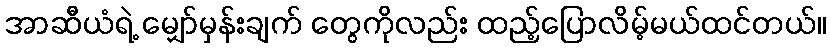
အာဆီယံရဲ့ မျှော်မှန်းချက် တွေကိုလည်း ထည့်ပြောလိမ့်မယ်ထင်တယ်။